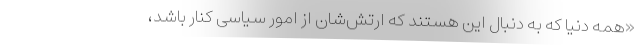
«همه دنیا که به دنبال این هستند که ارتش‌شان از امور سیاسی کنار باشد،